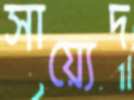
সায়্যেদ